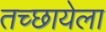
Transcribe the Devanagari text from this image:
तच्छायेला